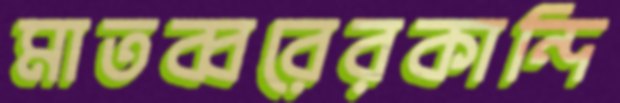
মাতব্বরেরকান্দি